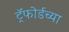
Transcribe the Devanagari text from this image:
ट्रॅफोर्डच्या